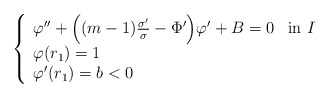
\begin{align*}\left\{ \begin{array}{ll}\varphi''+\Big((m-1)\frac{\sigma'}{\sigma}-\Phi'\Big) \varphi'+B=0 & \textnormal{in}\ I\\\varphi(r_1)=1\\\varphi'(r_1)=b<0\end{array} \right.\end{align*}